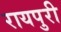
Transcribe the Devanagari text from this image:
रायपुरी